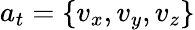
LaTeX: a_{t}=\{ v_{x},v_{y},v_{z}\}